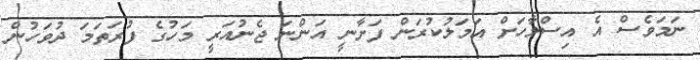
ނަމަވެސް އެ އިސްލާހަށް އަމަލުކުރަން ފަށާނީ އަންނަ ޖެނުއަރީ މަހުގެ ފުރަތަމަ ދުވަހުން